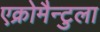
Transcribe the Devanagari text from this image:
एक्रोमैन्टुला